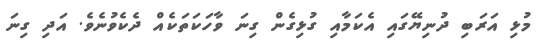
މުޅި އަރަބި ދުނިޔޭގައި އެކަމާއި ގުޅިގެން ގިނަ ވާހަކަތަކެއް ދެކެވުނެވެ. އަދި ގިނަ